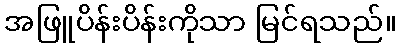
အဖြူပိန်းပိန်းကိုသာ မြင်ရသည်။